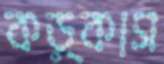
কড়্‌কাস